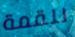
للقمة